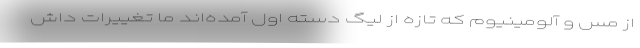
از مس و آلومینیوم که تازه از لیگ دسته اول آمده‌اند ما تغییرات داش